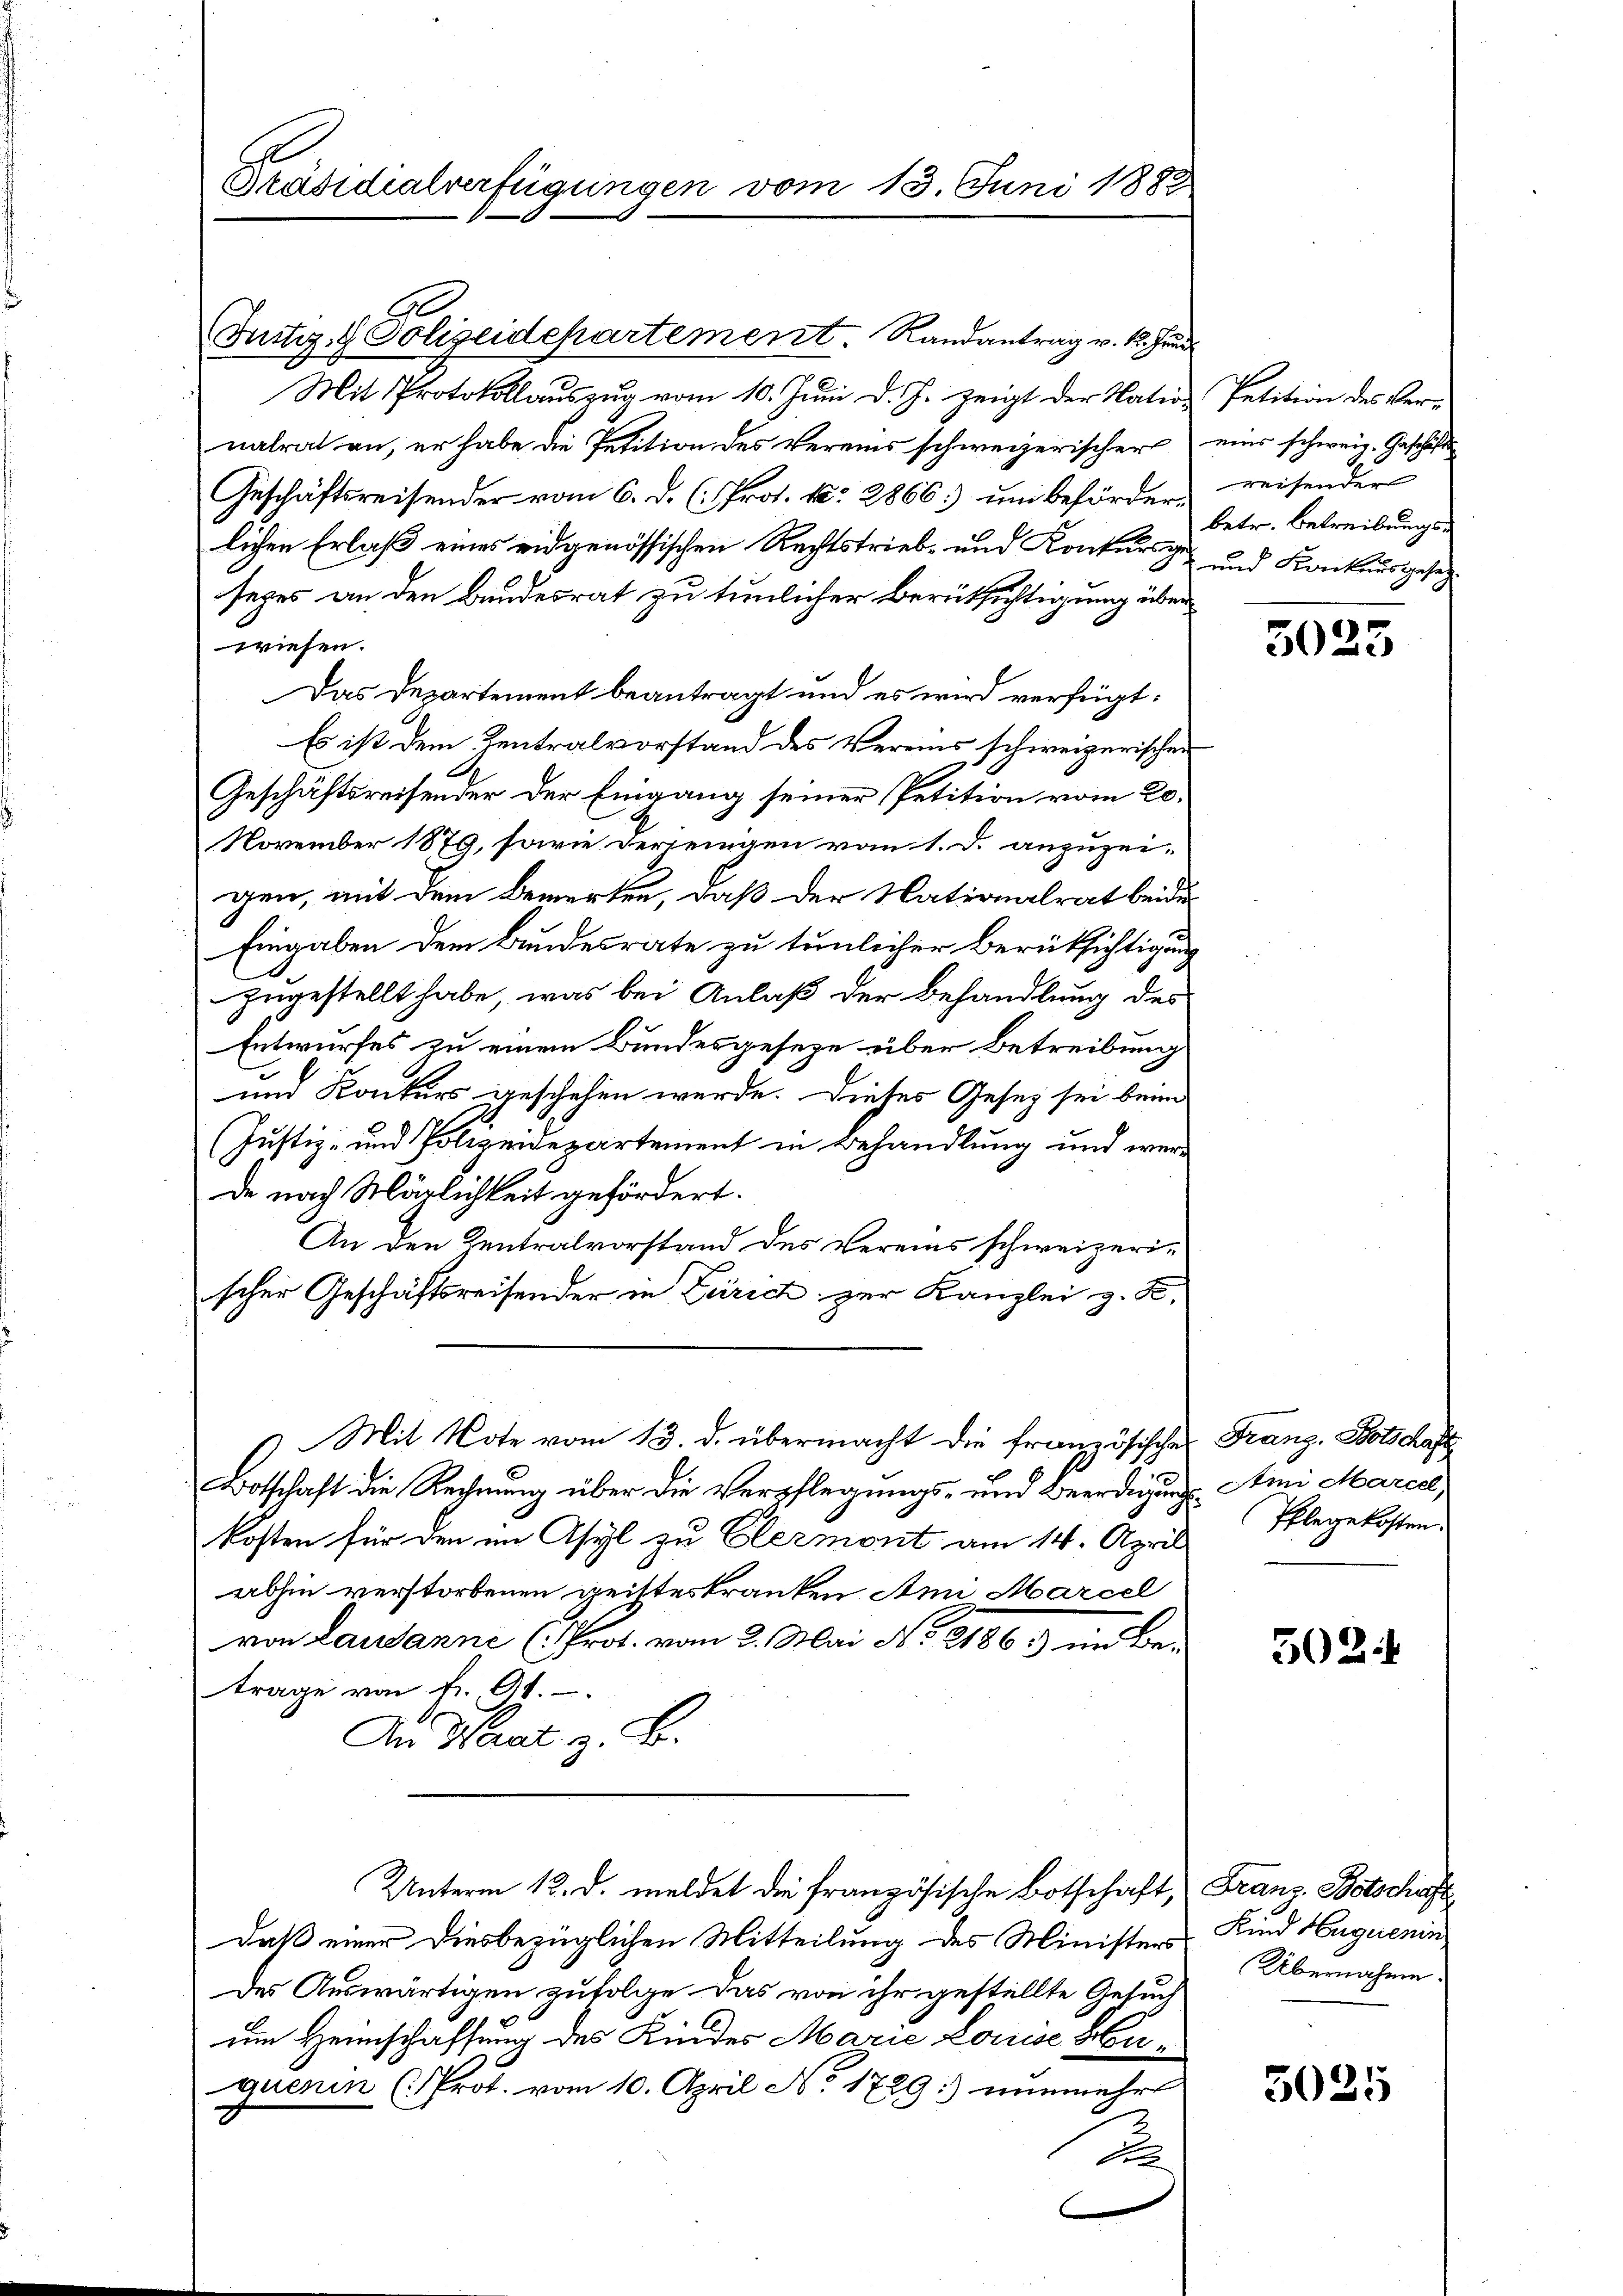
Präsidialverfügungen vom 13. Juni 1888

Justiz- & Polizeidepartement. Randantrag v. 1. Fen
Mit Protokollaŭszŭg vom 10. Jŭni d. J. zeigt der Natio Petition des Ver-
nalrat an, er habe die Petition des Vereins schweizerischer eine schweiz. Geschäfts
Geschäftsreisender vom 6. d. (: Prot. N. 2866.) um beförderlichen Erlaß eines eidgenössischen Rechtstrieb- und Konkurs ge- und Konkursgesetzsezes an den Bundesrat zu tunlicher Berüksichtigung über
wiesen.
Das Departement beantragt und es wird verfügt:
Es ist dem Zentralvorstand des Vereins schweizerischen
Geschäftsreisender der Eingang seiner Petition vom 20.
November 1879, sowie derjenigen vom 1. d. anzuzeigen, mit dem Bemerken, daß der Nationalrat beide
Eingaben dem Bundesrate zu tunlicher Berücksichtigung
zugestellt habe, was bei Anlaß der Behandlung des
Entwurfes zu einem Bundesgeseze über Betreibung
und Konkurs geschehen werde. Dieses Gesetz sei beim
(Justiz- und Polizeidepartement in Behandlung und werde nach Märlichkeit gefördert.
An den Centralvorstand des Vereins schweizerischer Geschäftsreisender in Zürich zur Kanzlei z. B.
6 Mit Note vom 13. d. übermacht die französische
Botschaft die Rechnung über die Verpflegungs- und Beerdigungs Ami Marcel,
kosten für den im Asyl zu Clermont am 14. April
abhin verstorbenen geisteskranken. Ann Marcel
von Lausanne (Prot. vom 2. Mai No 21863 und be-
trage von fr. At.
An Herat z. B.
Unterm 12. d. meldet die französische Botschaft, Franz Botschaft
daß einer diesbezüglichen Mitteilung des Minister Kind Huguenin,
des Auswärtigen zufolge. Das von ihr gestellte Gesuch
um Heimschaffung des Kindes Mazić Louise Huquerin (Prot. vom 10. April N. 1729:) nunmehr
u

reisender
betr. Betreibungs-

3025

Franz. Botschaft
Pflegekosten.

302

Übernahme

3025